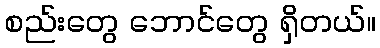
စည်းတွေ ဘောင်တွေ ရှိတယ်။